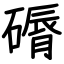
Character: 磭